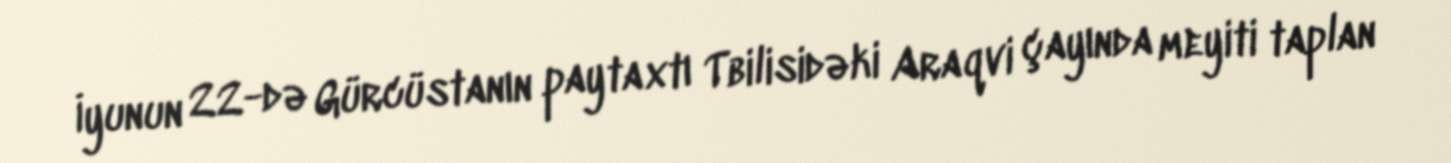
İyunun 22-də Gürcüstanın paytaxtı Tbilisidəki Araqvi çayında meyiti taplan